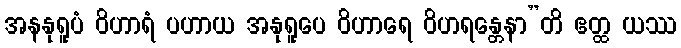
အနနုရူပံ ဝိဟာရံ ပဟာယ အနုရူပေ ဝိဟာရေ ဝိဟရန္တေနာ”တိ ဧတ္ထ ယဿ